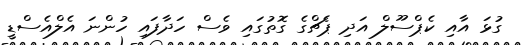
ގުޅަ އާއި ކެޕްސޫލް އަދި ޕެޗްގެ ގޮތުގައި ވެސް ހަދާފައި ހުންނަ އެލްއެސްޑީ